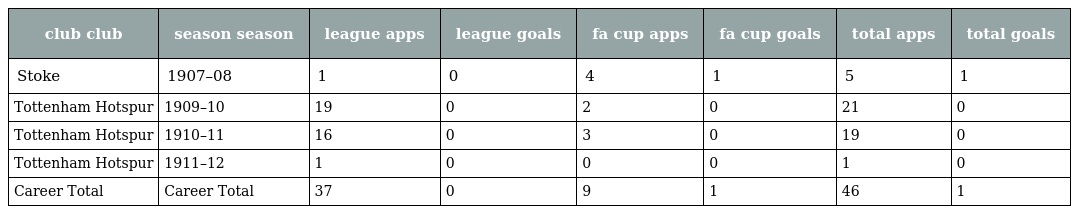
| club club | season season | league apps | league goals | fa cup apps | fa cup goals | total apps | total goals |
 | --- | --- | --- | --- | --- | --- | --- | --- |
 | Stoke | 1907–08 | 1 | 0 | 4 | 1 | 5 | 1 |
 | Tottenham Hotspur | 1909–10 | 19 | 0 | 2 | 0 | 21 | 0 |
 | Tottenham Hotspur | 1910–11 | 16 | 0 | 3 | 0 | 19 | 0 |
 | Tottenham Hotspur | 1911–12 | 1 | 0 | 0 | 0 | 1 | 0 |
 | Career Total | Career Total | 37 | 0 | 9 | 1 | 46 | 1 |